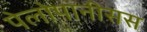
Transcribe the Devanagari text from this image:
पेलोपानीसस